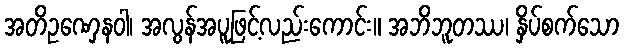
အတိဥဏှေနဝါ၊ အလွန်အပူဖြင့်လည်းကောင်း။ အဘိဘူတဿ၊ နှိပ်စက်သော